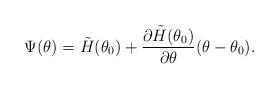
\begin{align*}\Psi(\theta) & =\tilde{H}(\theta_{0}) + \frac{\partial \tilde{H}(\theta_{0})}{\partial \theta}(\theta - \theta_{0}).\end{align*}